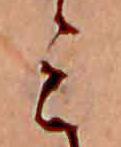
ミ